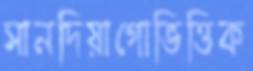
সানদিয়াগোভিত্তিক